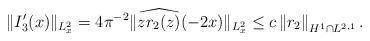
LaTeX: \begin{align*}\|I_3'(x)\|_{L^2_x} = 4 \pi^{-2} \| \widehat{z r_2(z)}(-2x)\|_{L^2_x}\leq c \left\|r_2\right\|_{H^{1} \cap L^{2,1}}. \end{align*}